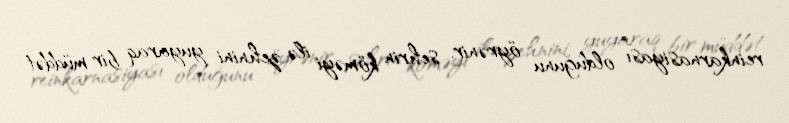
reinkarnasiyası olduğunu öyrənir, sehrin köməyi ilə zehnini yuyaraq bir müddət